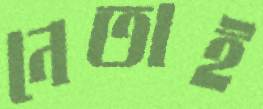
নেতাই